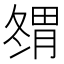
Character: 𰯇